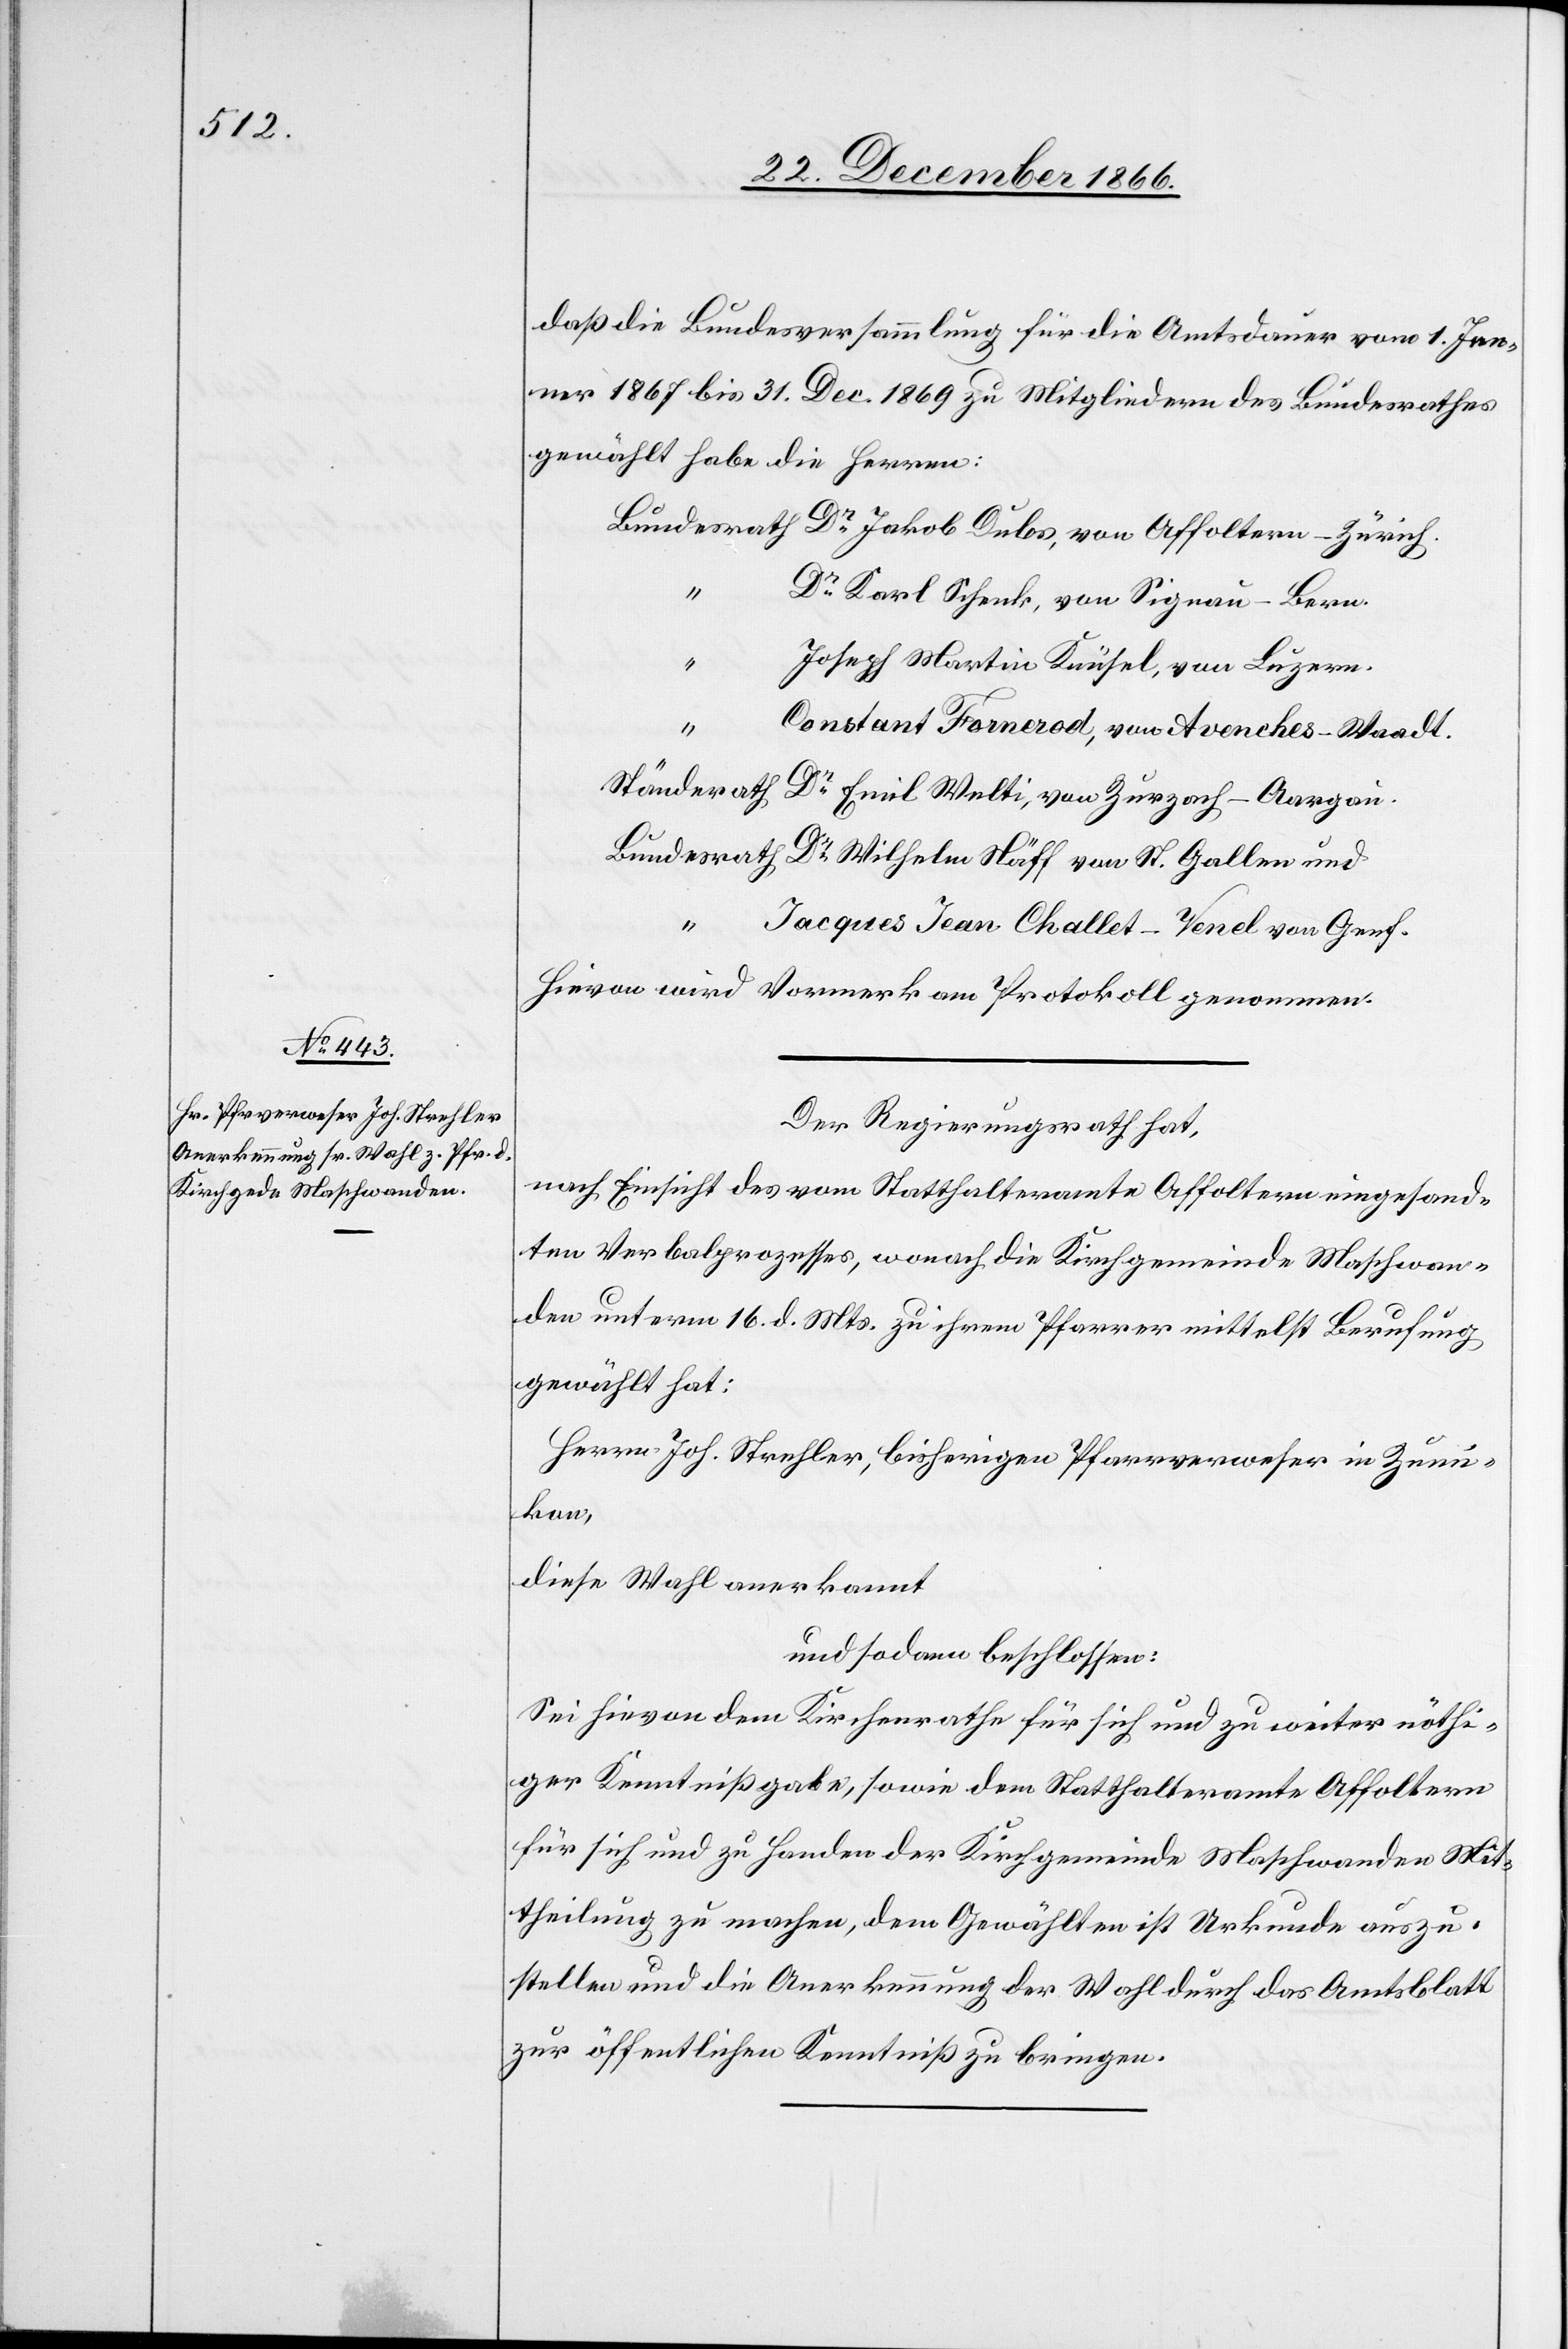
daß die Bundesversammlung für die Amtsdauer vom 1. Jen¬
ner 1867 bis 31. Dec. 1869 zu Mitgliedern des Bundesrathes
gewählt habe die Herren:
Dr. Karl Schenk, von Signau-Bern.
Joseph Martin Knüsel, von Luzern.
Constant Fornerod, von Avenches-Waadt.
Dr.
Jacques Jean Challet-Venel von Genf.
Hievon wird Vormerk am Protokoll genommen.
Der Regierungsrath hat,
nach Einsicht des vom Statthalteramte Affoltern eingesand¬
ten Verbalprozesses, wonach die Kirchgemeinde Maschwan¬
den unterm 16. d. Mts. zu ihrem Pfarrer mittelst Berufung
gewählt hat:
Herrn Joh. Strehler, bisherigen Pfarrverweser in Zumi¬
kon,
diese Wahl anerkannt
und sodann beschlossen:
Sei hievon dem Kirchenrathe für sich und zu weiter nöthi¬
ger Kenntnißgabe, sowie dem Statthalteramte Affoltern
für sich und zu Handen der Kirchgemeinde Maschwanden Mit¬
theilung zu machen, dem Gewählten ist Urkunde auszu¬
stellen und die Anerkennung der Wahl durch das Amtsblatt
zur öffentlichen Kenntniß zu bringen.